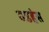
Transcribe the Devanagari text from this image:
वडहंस